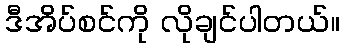
ဒီအိပ်စင်ကို လိုချင်ပါတယ်။